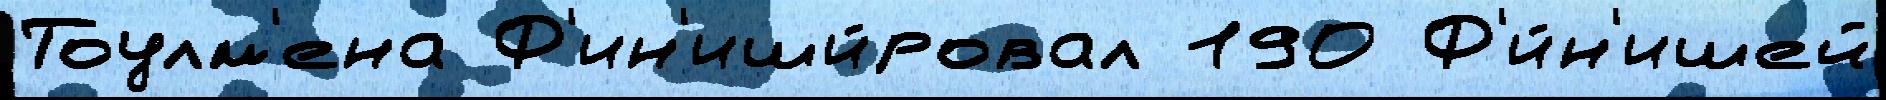
Тоулм'ена Ф'ин'иши́ровал 190 Ф'и́н'ишей